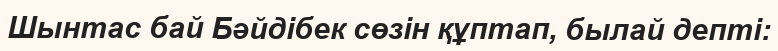
Шынтас бай Бәйдібек сөзін құптап, былай депті: